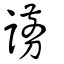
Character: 謭